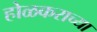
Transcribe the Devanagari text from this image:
होळकराच्या